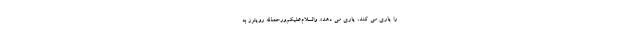
را یاری می کند، یاری می دهد». والسّلام‌علیکم‌ورحمة‌اللّه رویترز به